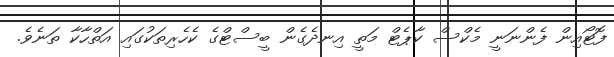
ފޮޓޯއިން ފެންނަނީ މެކްސް ކާޕެޓް މަތީ އިނދެގެން ބީސްޓްގެ ކެހެރިތަކުގައި އަތްހާކާ ތަނެވެ.